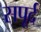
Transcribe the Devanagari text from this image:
सपूर्द